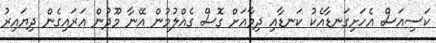
ކަސިއަސް އެހަށިގަނޑާއެކު ކަނޑާއި ދިމާއަށް ގޮސް ގެއްލުމުން އޭނާ މޫދުން އަރައިގެން ދިޔައިރު